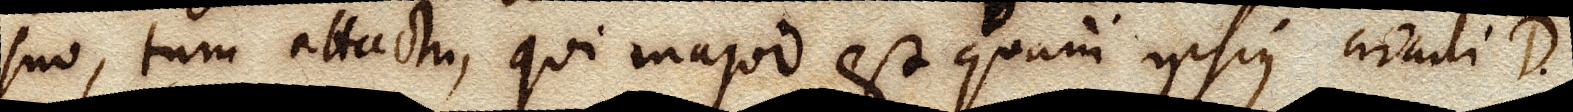
suo, tum attactu, qui major est quam ipsius circuli D.